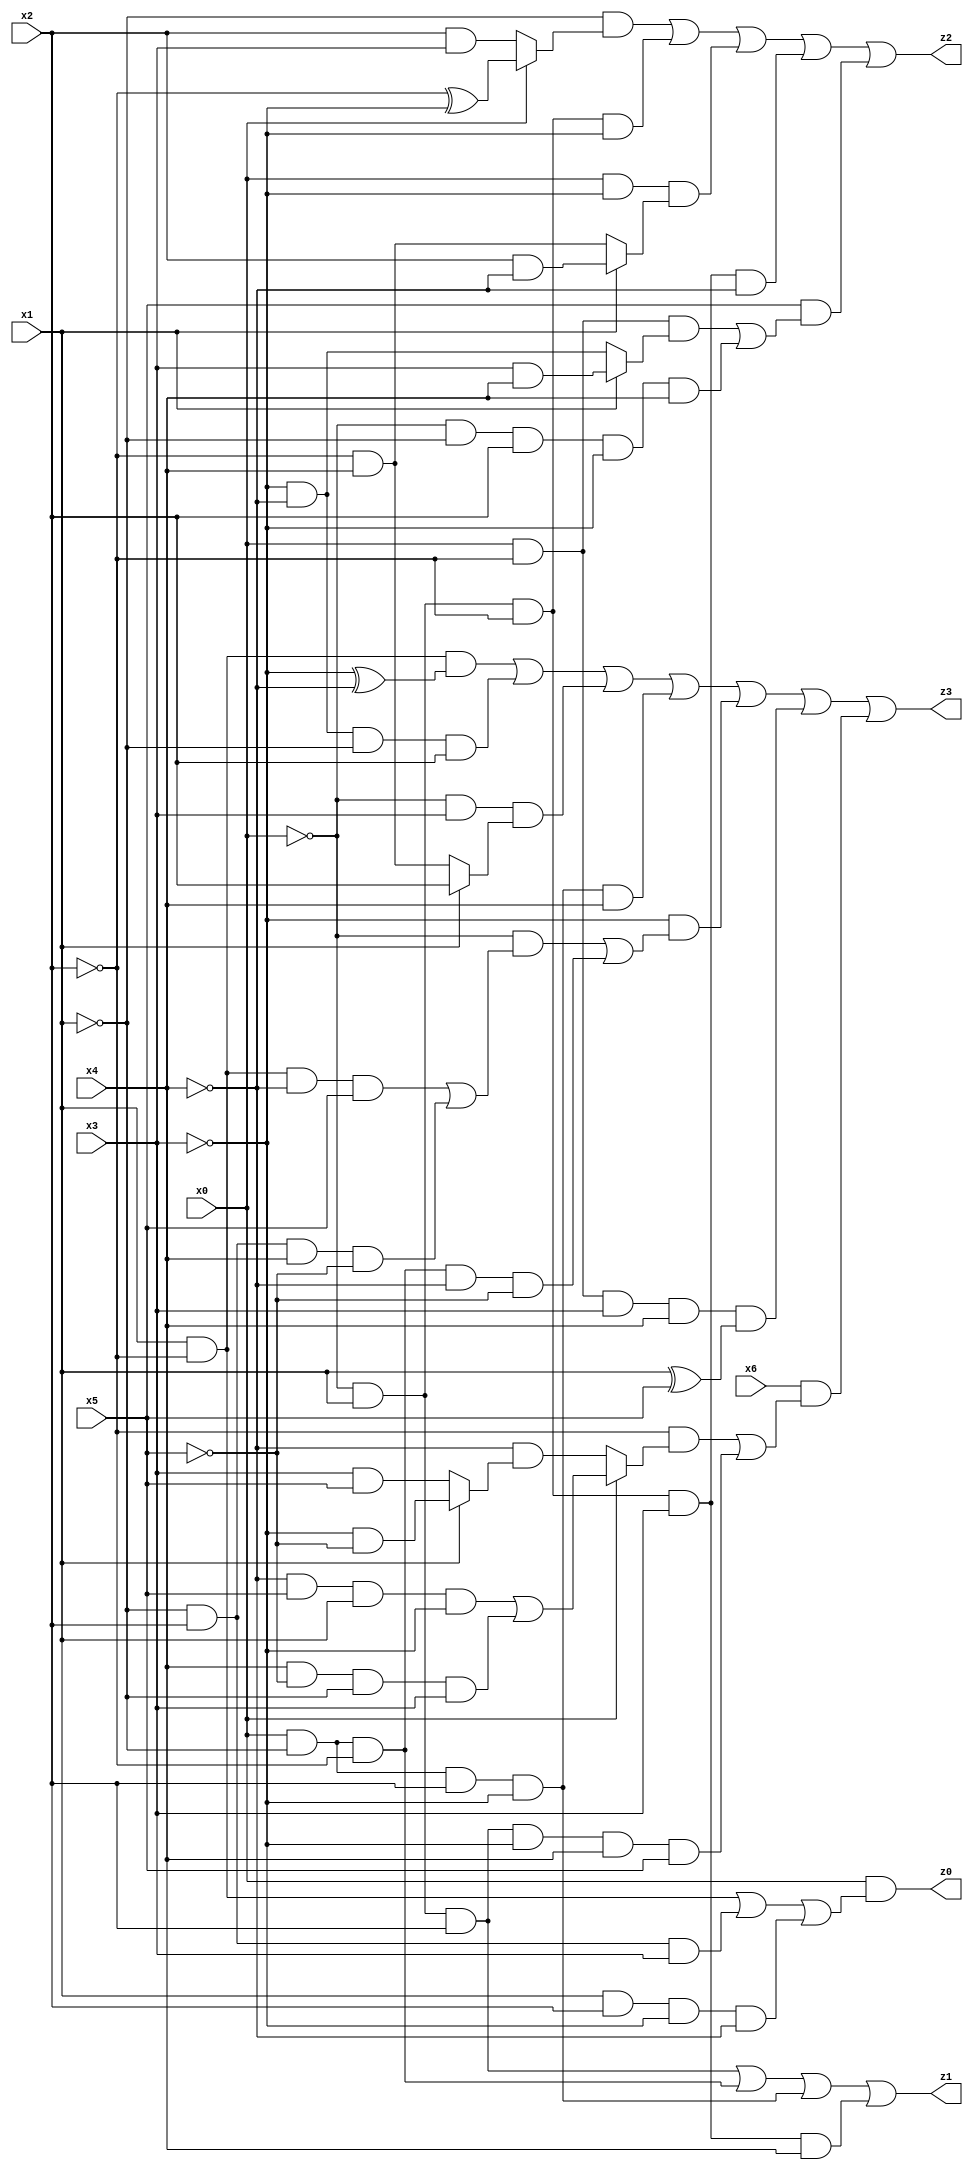
// Benchmark "quot" written by ABC on Tue Jul 11 04:26:32 2023

module quot ( 
    x0, x1, x2, x3, x4, x5, x6,
    z0, z1, z2, z3  );
  input  x0, x1, x2, x3, x4, x5, x6;
  output z0, z1, z2, z3;
  assign z0 = x0 & ((x1 & ~x2) | (~x1 & x2 & x3) | (x1 & x2 & ~x3 & ~x4));
  assign z1 = (~x0 & x1 & x2) | (x0 & ~x1 & ~x2) | (x0 & ~x1 & x2 & ~x3) | (~x0 & x1 & ~x2 & x3 & x4);
  assign z2 = (~x1 & (x0 ? (~x2 ^ ~x3) : (x2 & x3))) | (~x0 & x1 & ~x2 & ~x3) | (x0 & ~x3 & (x1 ? (x2 & ~x4) : (~x2 & x4))) | (~x0 & x1 & ~x2 & x3 & ~x4) | (x5 & ((x0 & ~x2 & (x1 ? (x3 & x4) : (~x3 & ~x4))) | (~x0 & ~x1 & x2 & ~x3 & x4)));
  assign z3 = (x1 & ~x2 & (~x3 ^ ~x4)) | (~x3 & ~x4 & ~x1 & x2) | (~x0 & x3 & (x1 ? x2 : (~x2 & x4))) | (x0 & ~x1 & x2 & ~x3 & x4) | (~x3 & ((~x0 & ((x1 & ~x2 & ~x4 & x5) | (~x1 & x2 & x4 & ~x5))) | (x0 & ~x1 & ~x2 & ~x4 & ~x5))) | (x0 & ~x2 & x3 & x4 & (x1 ^ x5)) | (x6 & ((~x2 & (x0 ? ((~x4 & x5 & x1 & ~x3) | (x4 & ~x5 & ~x1 & x3)) : (~x4 & (x1 ? (~x3 & ~x5) : (x3 & x5))))) | (~x0 & x1 & x2 & ~x3 & x4 & x5)));
endmodule